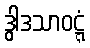
ဒွါဒသာဝဋ္ဋံ